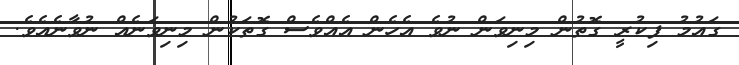
ގައުމު ފިކުރީ ގޮތުން މިނިވަން ނުވެ އެހެން އެއްވެސް ގޮތަކުން މިނިވަނެއް ނުވާނެއެވެ.